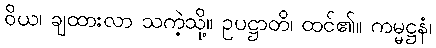
ဝိယ၊ ချထားလာ သကဲ့သို့။ ဥပဋ္ဌာတိ၊ ထင်၏။ ကမ္မဋ္ဌနံ၊